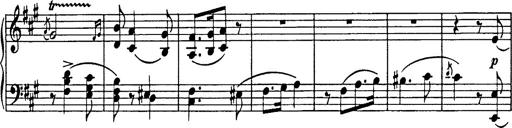
Title: Hungarian Rhapsody No.18
Composer: Franz Liszt
Key: F-sharp minor